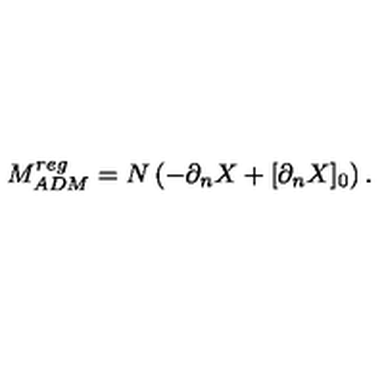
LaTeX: M _ { A D M } ^ { r e g } = N \left( - \partial _ { n } X + [ \partial _ { n } X ] _ { 0 } \right) .